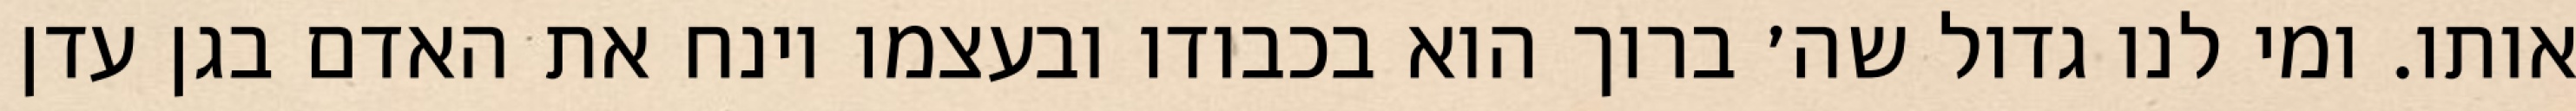
אותו. ומי לנו גדול שה׳ ברוך הוא בכבודו ובעצמו וינח את האדם בגן עדן